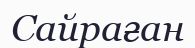
Сайраған